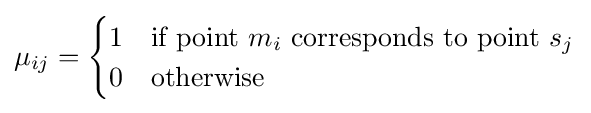
\mu _{ij}={\begin{cases}1&{\text{if point }}m_{i}{\text{ corresponds to point }}s_{j}\\0&{\text{otherwise}}\end{cases}}